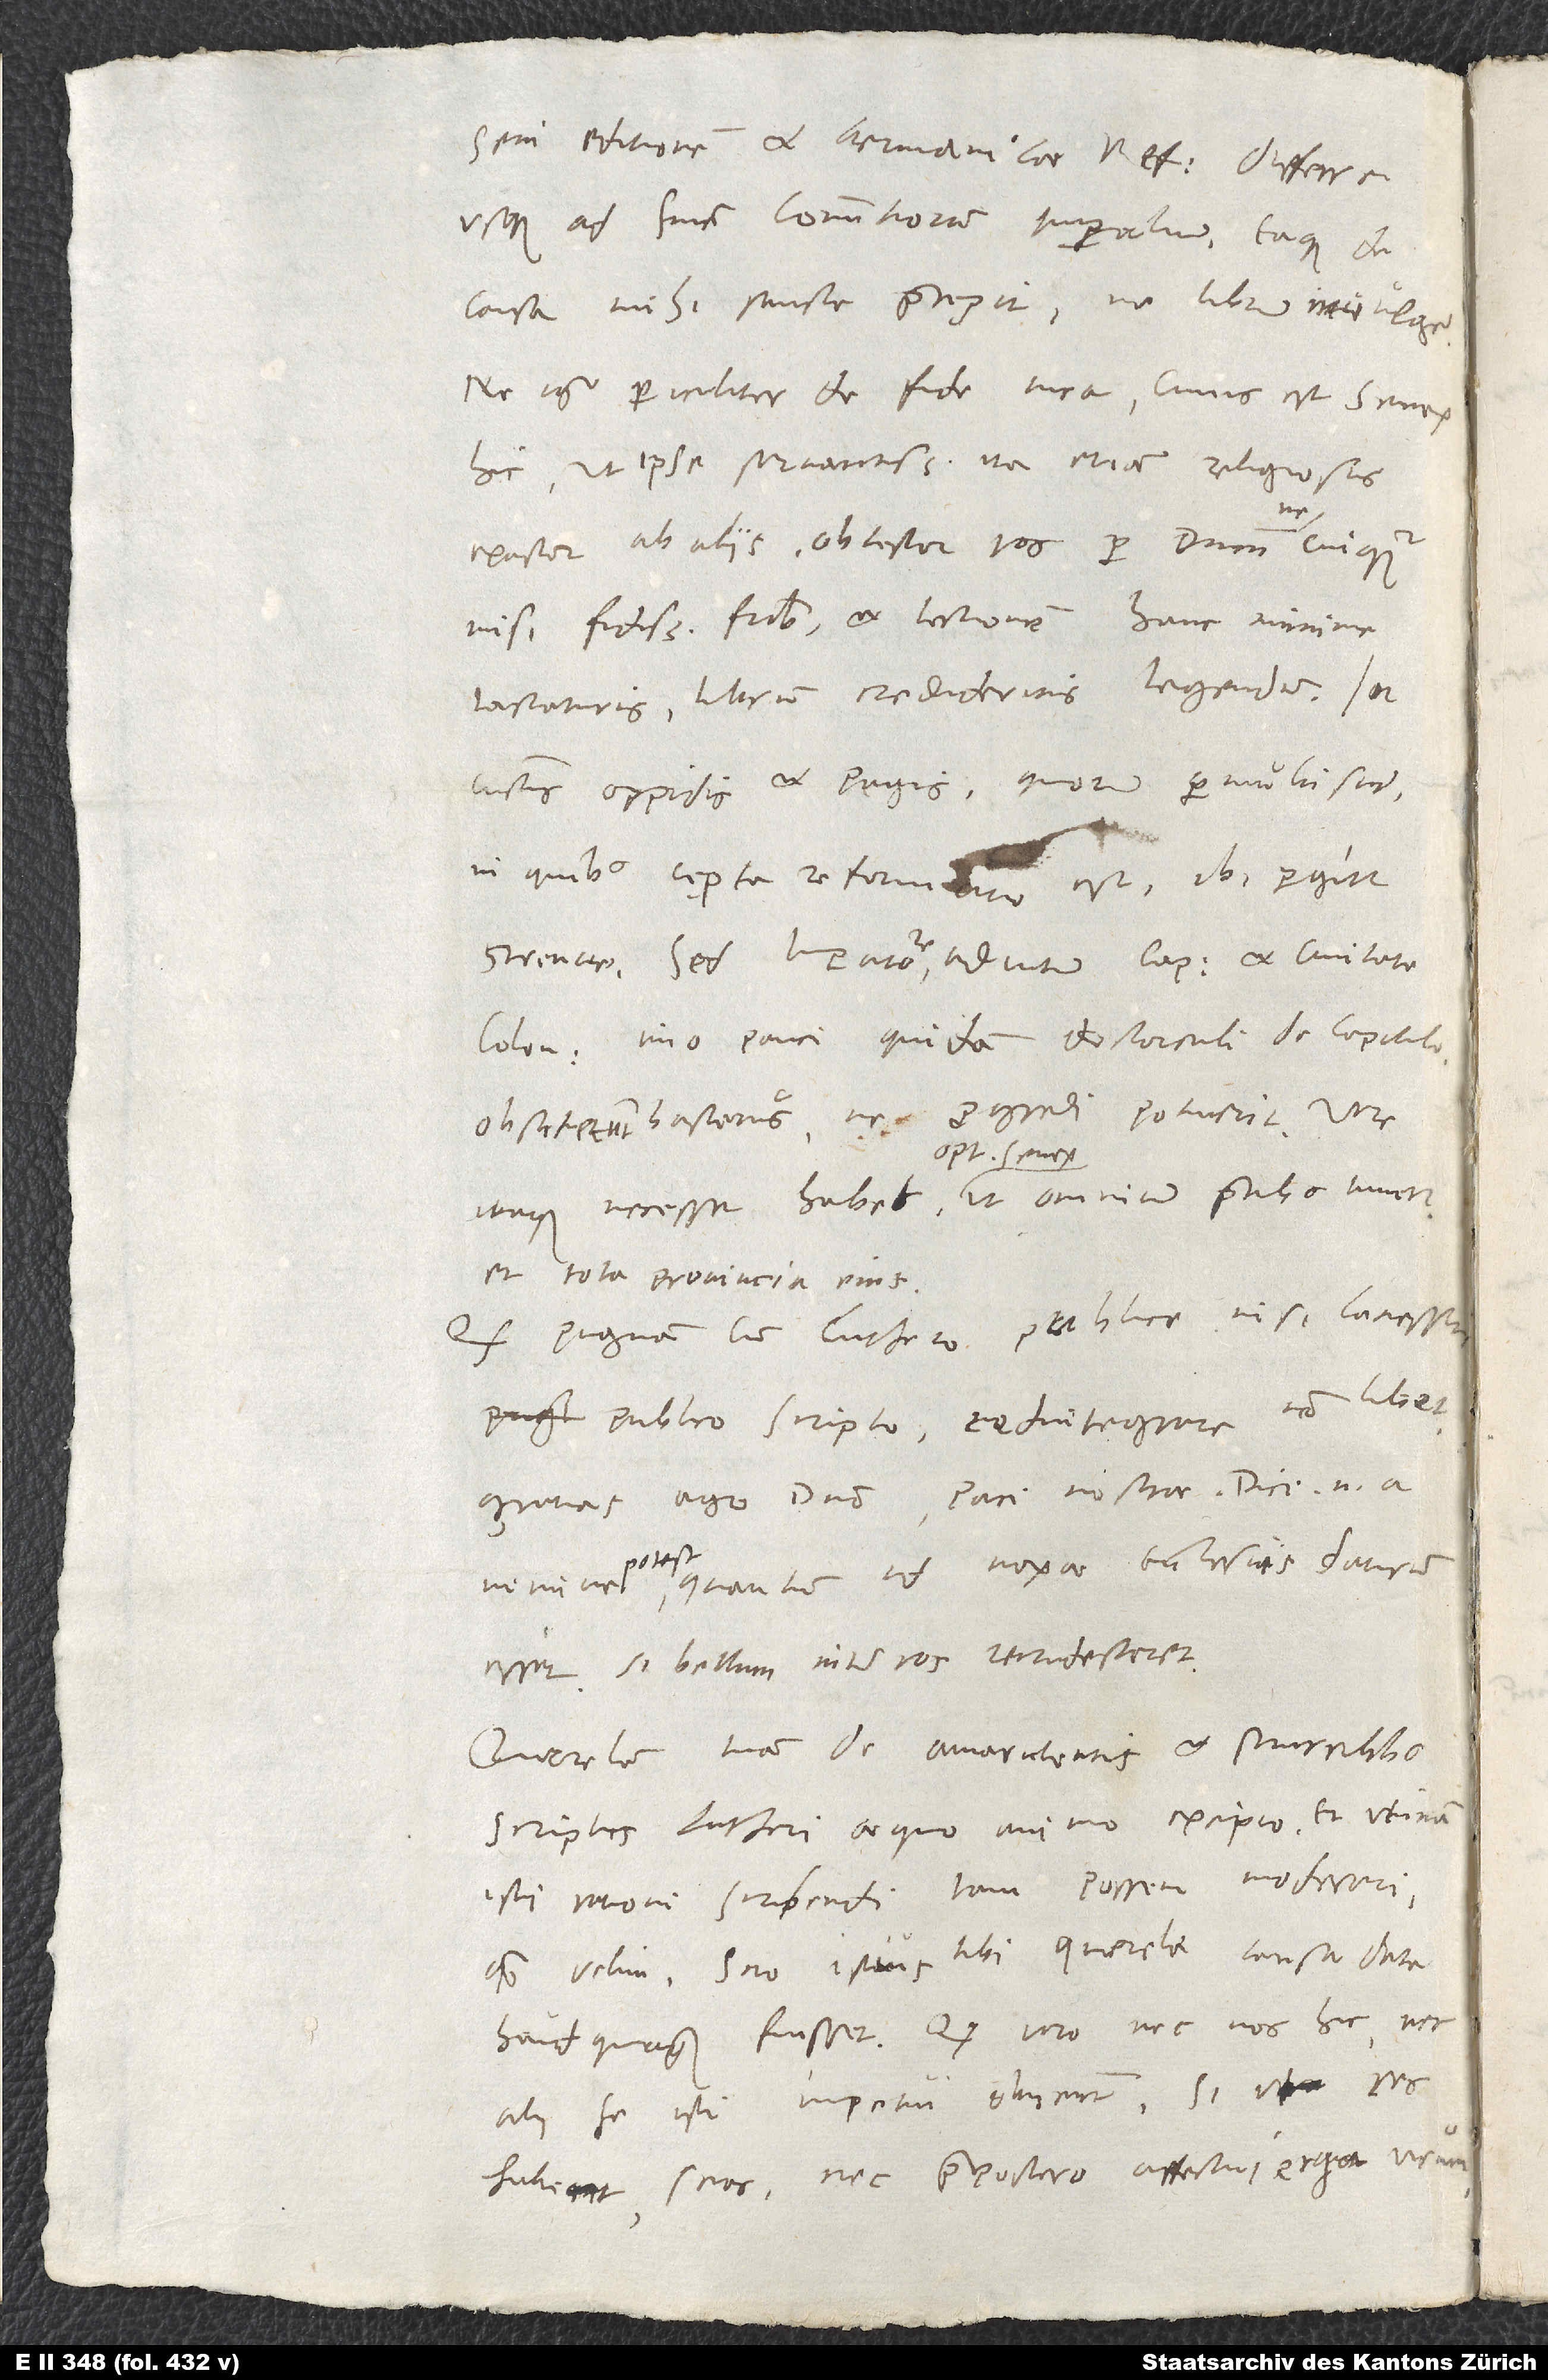
seni editionem et Germanicae Reformationis differre
usque ad finem commitiorum imperialium, eaque de
causa mihi sancte praecepit, ne librum invulgem.
Ne igitur pericliter de fide mea, cuius est senex
hic ut ipse servantissimus, ita etiam religiosus
exactor ab aliis, obtestor vos per dominum, ne cuiquam
nisi fidissimis fratribus et lectionem hanc minime
iactaturis librum credideritis legendum. In
cunctis oppidis et pagis, quorum permulti sunt,
in quibus cępta reformatio est, ibi pergitur
strenue. Sed imperatore adiutum capitulum et civitate
Coloniensi, imo pauci quidam doctorculi de capitulo
obstiterunt hactenus, ne progredi potuerit. Vere
optimus senex,
et tota provincia eius.
pugnam cum Luthero publice nisi lacessiti
publico scripto redintegrare non libet,
gratias ago domino, paci nostrae. Dici enim a
quantum id noxae ecclesiis daturum
esset, si bellum inter vos recrudesceret.
Querelam tuam de amarulentis et scurrilibus
scriptis Lutheri aequo animo excipio, et utinam
isti rationi scribendi tam possem moderari,
quam velim! Scio, istius tibi querelae causa data
haudquaquam fuisset. Quod vero nec nos hic nec
alii se isti impetui obiiciunt, si, ut res
habeant, scies, nec praepostero affectui erga virum